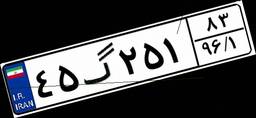
۴۵گ۲۵۱۸۳